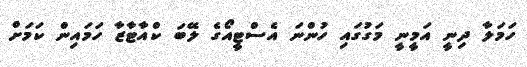
ހަމަލާ ދިނީ އަމީނީ މަގުގައި ހުންނަ އެސްޓީއޯގެ ލޭބަ ކްއާޓާޒާ ހަމައިން ކަމަށް